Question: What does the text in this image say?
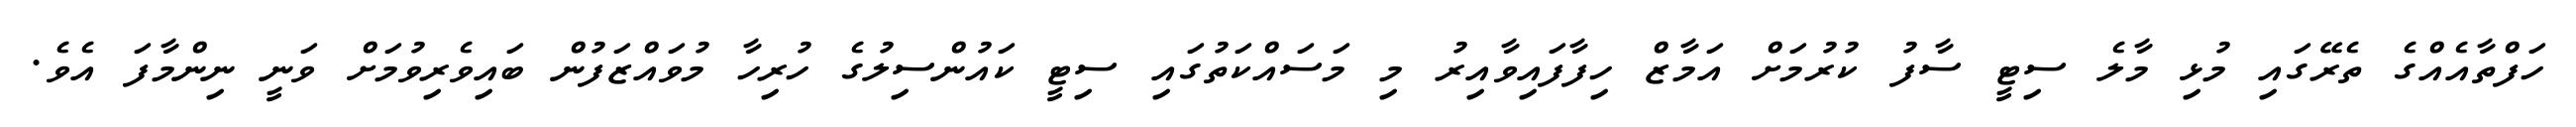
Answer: ހަފްތާއެއްގެ ތެރޭގައި މުޅި މާލެ ސިޓީ ސާފު ކުރުމަށް އަމާޒް ހިފާފައިވާއިރު މި މަސައްކަތުގައި ސިޓީ ކައުންސިލުގެ ހުރިހާ މުވައްޒަފުން ބައިވެރިވުމަށް ވަނީ ނިންމާފަ އެވެ.